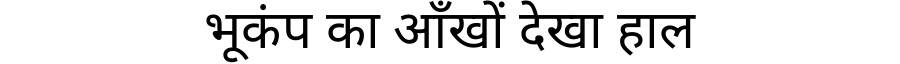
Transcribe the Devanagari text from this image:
भूकंप का आँखों देखा हाल